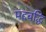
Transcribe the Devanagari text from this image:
मंदबद्धि